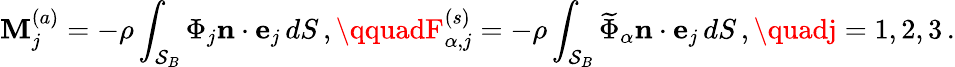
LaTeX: \mathbf{M}_{j}^{(a)}=-\rho\int_{\mathcal{{S}}_{B}}\Phi_{j}\mathbf{{n}}\cdot\mathbf{{e}}_{j}\, dS\, ,\qquadF_{\alpha,j}^{(s)}=-\rho\int_{\mathcal{{S}}_{B}}\widetilde{{\Phi}}_{\alpha}\mathbf{{n}}\cdot\mathbf{{e}}_{j}\, dS\, ,\quadj=1,2,3\, .